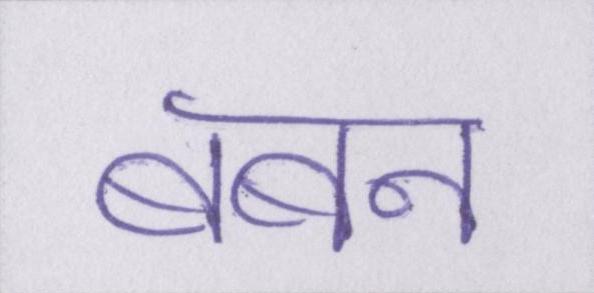
बबन